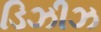
ડિઝીઝ